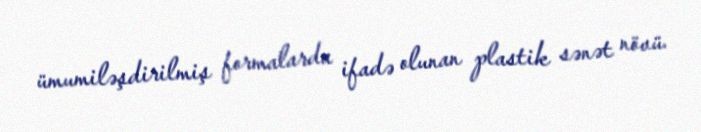
ümumiləşdirilmiş formalarda ifadə olunan plastik sənət növü.